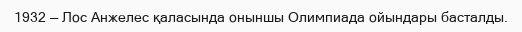
1932 — Лос Анжелес қаласында оныншы Олимпиада ойындары басталды.